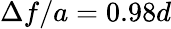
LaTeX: \Delta f/a=0.98d